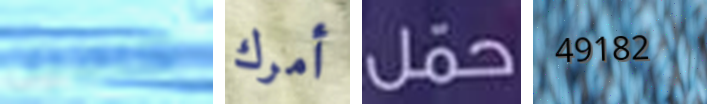
كاميل أمرك حمل 49182